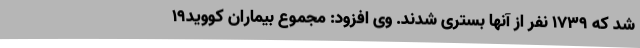
شد که 1739 نفر از آنها بستری شدند. وی افزود: مجموع بیماران کووید19